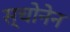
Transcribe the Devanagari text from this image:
स्चोनेन